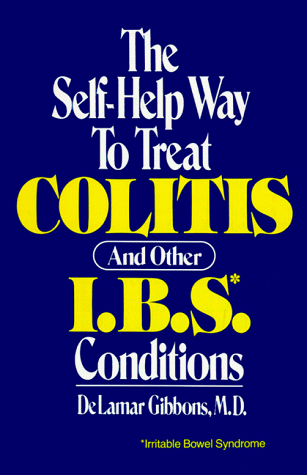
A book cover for The Self-Help Way to Treat Colitis and Other I.B.S. Conditions; DeLamar Gibbons; Health, Fitness & Dieting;